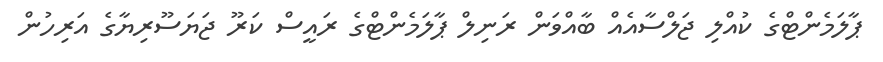
ޕާލަމެންޓްގެ ކުއްލި ޖަލްސާއެއް ބާއްވަން ރަނިލް ޕާލަމެންޓްގެ ރައީސް ކަރޫ ޖަޔަސޫރިޔާގެ އަރިހުން